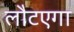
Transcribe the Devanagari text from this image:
लौटएगा